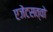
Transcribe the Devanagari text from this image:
एजेंटसत्वो